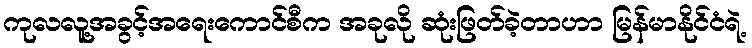
ကုလလူ့အခွင့်အရေးကောင်စီက အခုလို ဆုံးဖြတ်ခဲ့တာဟာ မြန်မာနိုင်ငံရဲ့